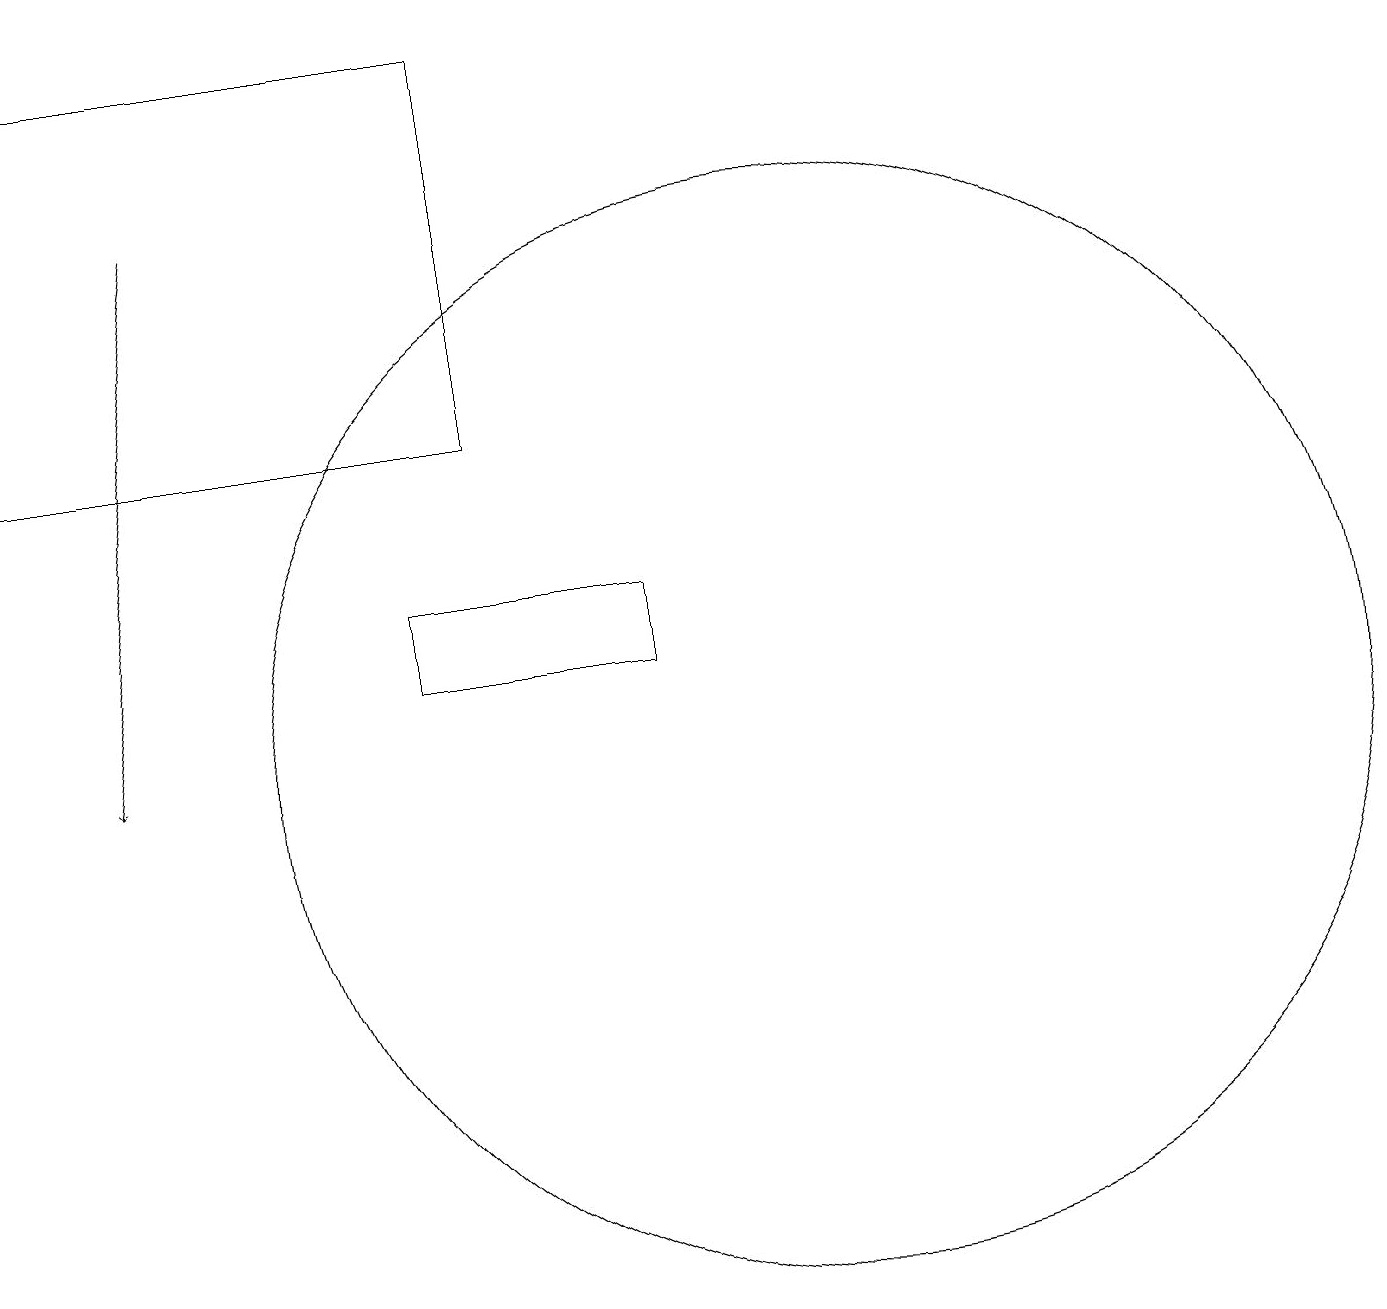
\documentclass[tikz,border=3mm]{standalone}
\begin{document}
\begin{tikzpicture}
\draw (0,14) rectangle (6,19);
\draw[->] (2,17) -- (1,10);
\draw (8,11) rectangle (5,12);
\draw (10,10) circle (7);
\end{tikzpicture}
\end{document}